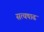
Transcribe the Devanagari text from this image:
सत्यषाढ